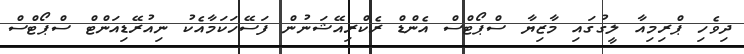
ދިވެހި ޕްރިމިއާ ލީގުގައި މާޒިޔާ ސްޕޯޓްސް އެންޑް ރެކްރިއޭޝަނުން ފަސޭހަކަމާއެކު ނިއުރޭޑިއަންޓް ސްޕޯޓްސް